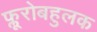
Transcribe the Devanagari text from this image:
फ्लूरोबहुलक